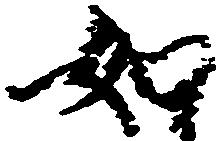
如